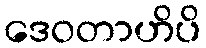
ဒေဝတာဟိပိ